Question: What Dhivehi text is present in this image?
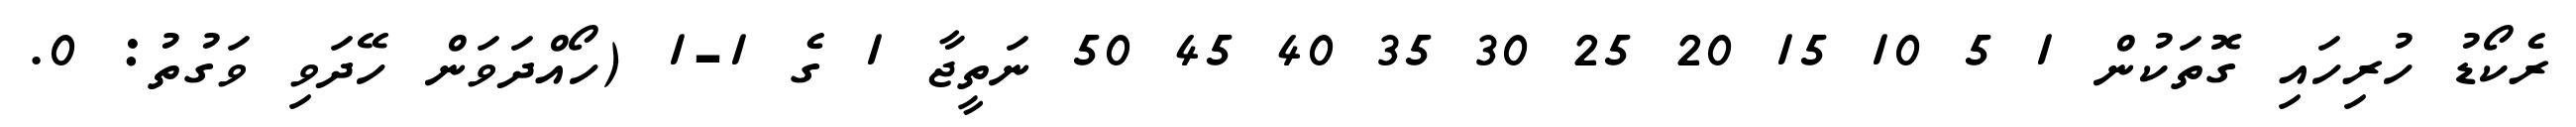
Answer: ރެކޯޑު ހުރިހައި ގޮތަކުން 1 5 10 15 20 25 30 35 40 45 50 ނަތީޖާ 1 ގެ 1-1 (ހޯއްދަވަން ހޭދަވި ވަގުތު: 0.